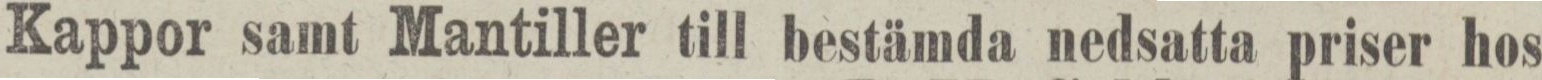
Kappor samt Mantiller till bestämda nedsatta priser hos